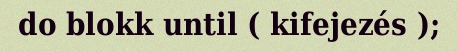
do blokk until ( kifejezés );